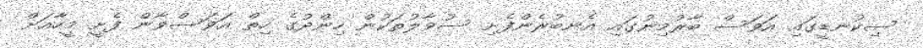
ސިކުނޑީގައި އަވަސް ބާރުމިނުގައި އެނބުރެންފެށި ސުވާލުތަކުން ހިންދުގެ ހިތް އަވަސްވާން ފެށީ މީހާއަށް